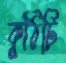
কুঠিটি